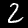
Label: 2